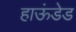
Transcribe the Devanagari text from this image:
हाऊंडेड